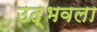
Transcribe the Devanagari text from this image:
उद्‍भवला